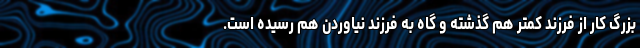
بزرگ کار از فرزند کمتر هم گذشته و گاه به فرزند نیاوردن هم رسیده است.